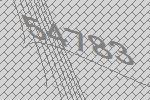
54783